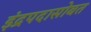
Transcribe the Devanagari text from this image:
इंद्रपदासोबत